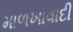
માળખાવાદી